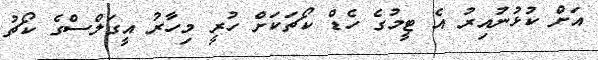
އަށް ކުޅުނުއިރު އެ ޓީމުގެ ހެޑް ކޯޗަކަށް ހުރީ މިހާރު އީގަލްސްގެ ކޯޗު